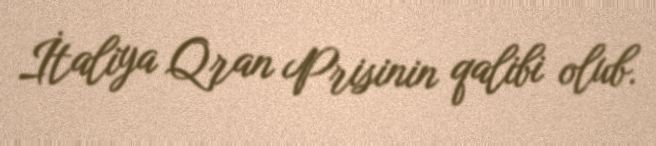
İtaliya Qran Prisinin qalibi olub.